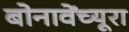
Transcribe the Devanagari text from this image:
बोनावेंच्यूरा